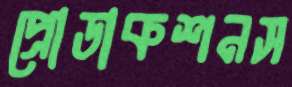
প্রোডাকশনস